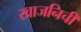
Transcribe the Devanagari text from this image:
खाजनिची